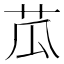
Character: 苽